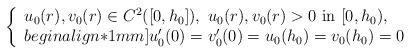
LaTeX: \begin{align*}\left\{\begin{array}{ll}u_0(r),v_0(r)\in C^2([0,h_0]),\ u_0(r), v_0(r)>0 \ {\rm in}\ [0,h_0),\\begin{align*}1mm]u_0'(0)=v_0'(0)=u_0(h_0)=v_0(h_0)=0\end{array}\right.\end{align*}